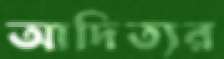
আদিত্যর